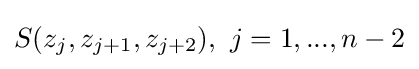
S(z_{j},z_{j+1},z_{j+2}),\ j=1,...,n-2